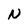
Character: N